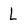
Character: L